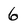
Character: 6